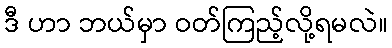
ဒီ ဟာ ဘယ်မှာ ဝတ်ကြည့်လို့ရမလဲ။